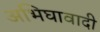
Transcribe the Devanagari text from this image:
अभिघावादी